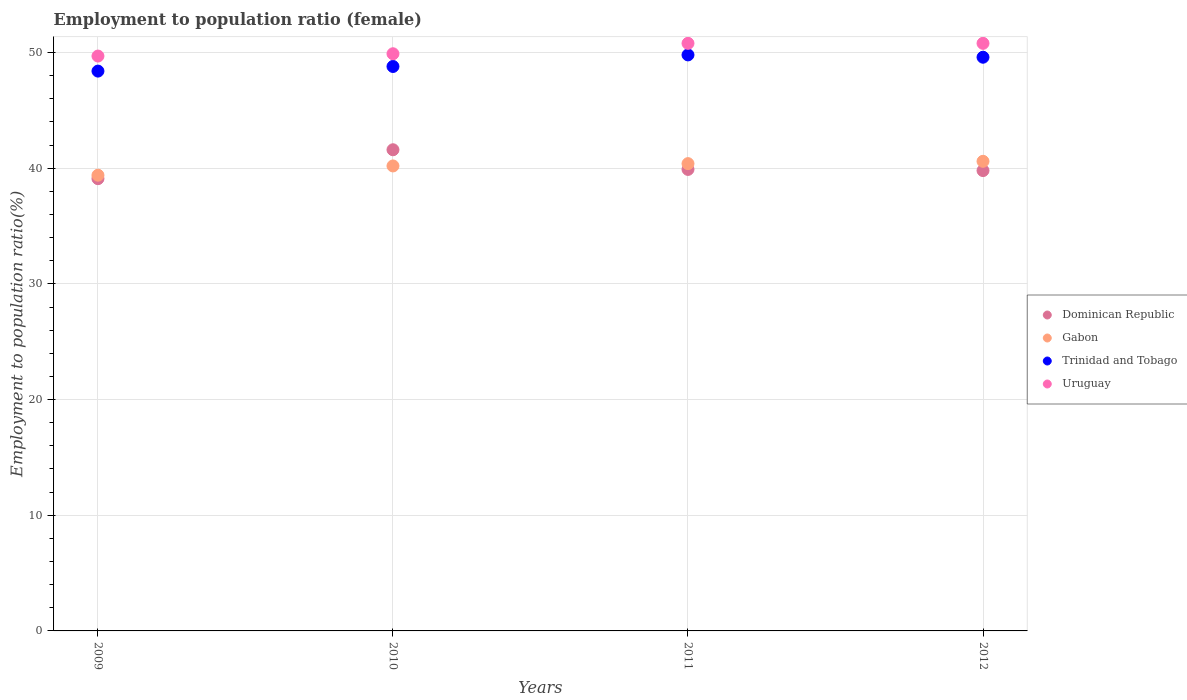
| Years | Dominican Republic | Gabon | Trinidad and Tobago | Uruguay |
 | --- | --- | --- | --- | --- |
 | 2009 | 39.1 | 39.4 | 48.4 | 49.7 |
 | 2010 | 41.6 | 40.2 | 48.8 | 49.9 |
 | 2011 | 39.9 | 40.4 | 49.8 | 50.8 |
 | 2012 | 39.8 | 40.6 | 49.6 | 50.8 |